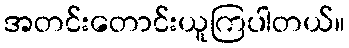
အတင်းတောင်းယူကြပါတယ်။